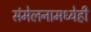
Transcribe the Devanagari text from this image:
संमेलनामध्येही